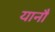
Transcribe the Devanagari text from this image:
यानौं